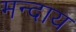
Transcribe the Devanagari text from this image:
मन्दाय